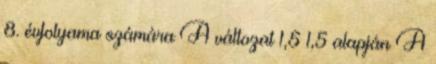
8. évfolyama számára A változat 1,5 1,5 alapján A